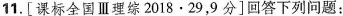
11. [课标全国Ⅲ理综2018· 29，9分]回答下列问题：